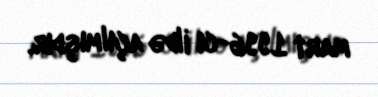
mart 1996-cı ildə açılmışdır.